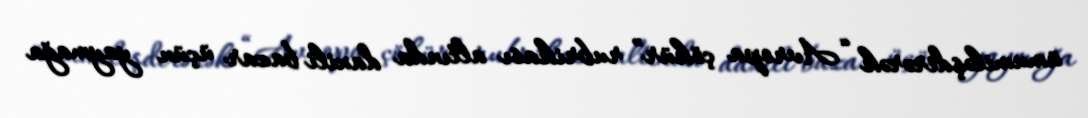
ümumiləşdirərək “Avropa çökür” rubrikası altında daxili bazar üçün yaymağa